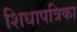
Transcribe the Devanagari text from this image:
शिधापत्रिका